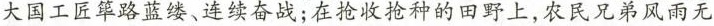
大国工匠筚路蓝缕、连续奋战；在抢收抢种的田野上，农民兄弟风雨无